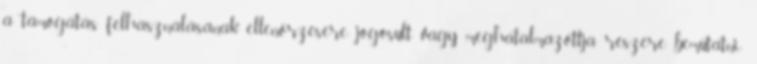
a támogatás felhasználásának ellenőrzésére jogosult vagy meghatalmazottja részére bemutatni;